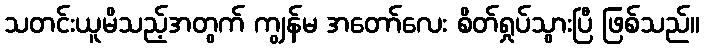
သတင်းယူမိသည့်အတွက် ကျွန်မ အတော်လေး စိတ်ရှုပ်သွားပြီ ဖြစ်သည်။